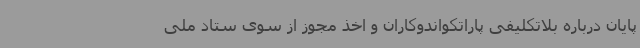
پایان درباره بلاتکلیفی پاراتکواندوکاران و اخذ مجوز از سوی ستاد ملی